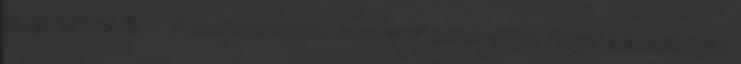
augusztus 5. – A pannonhalmi konvent bizonyítja, hogy kiküldöttjei,